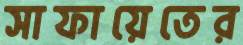
সাফায়েতের